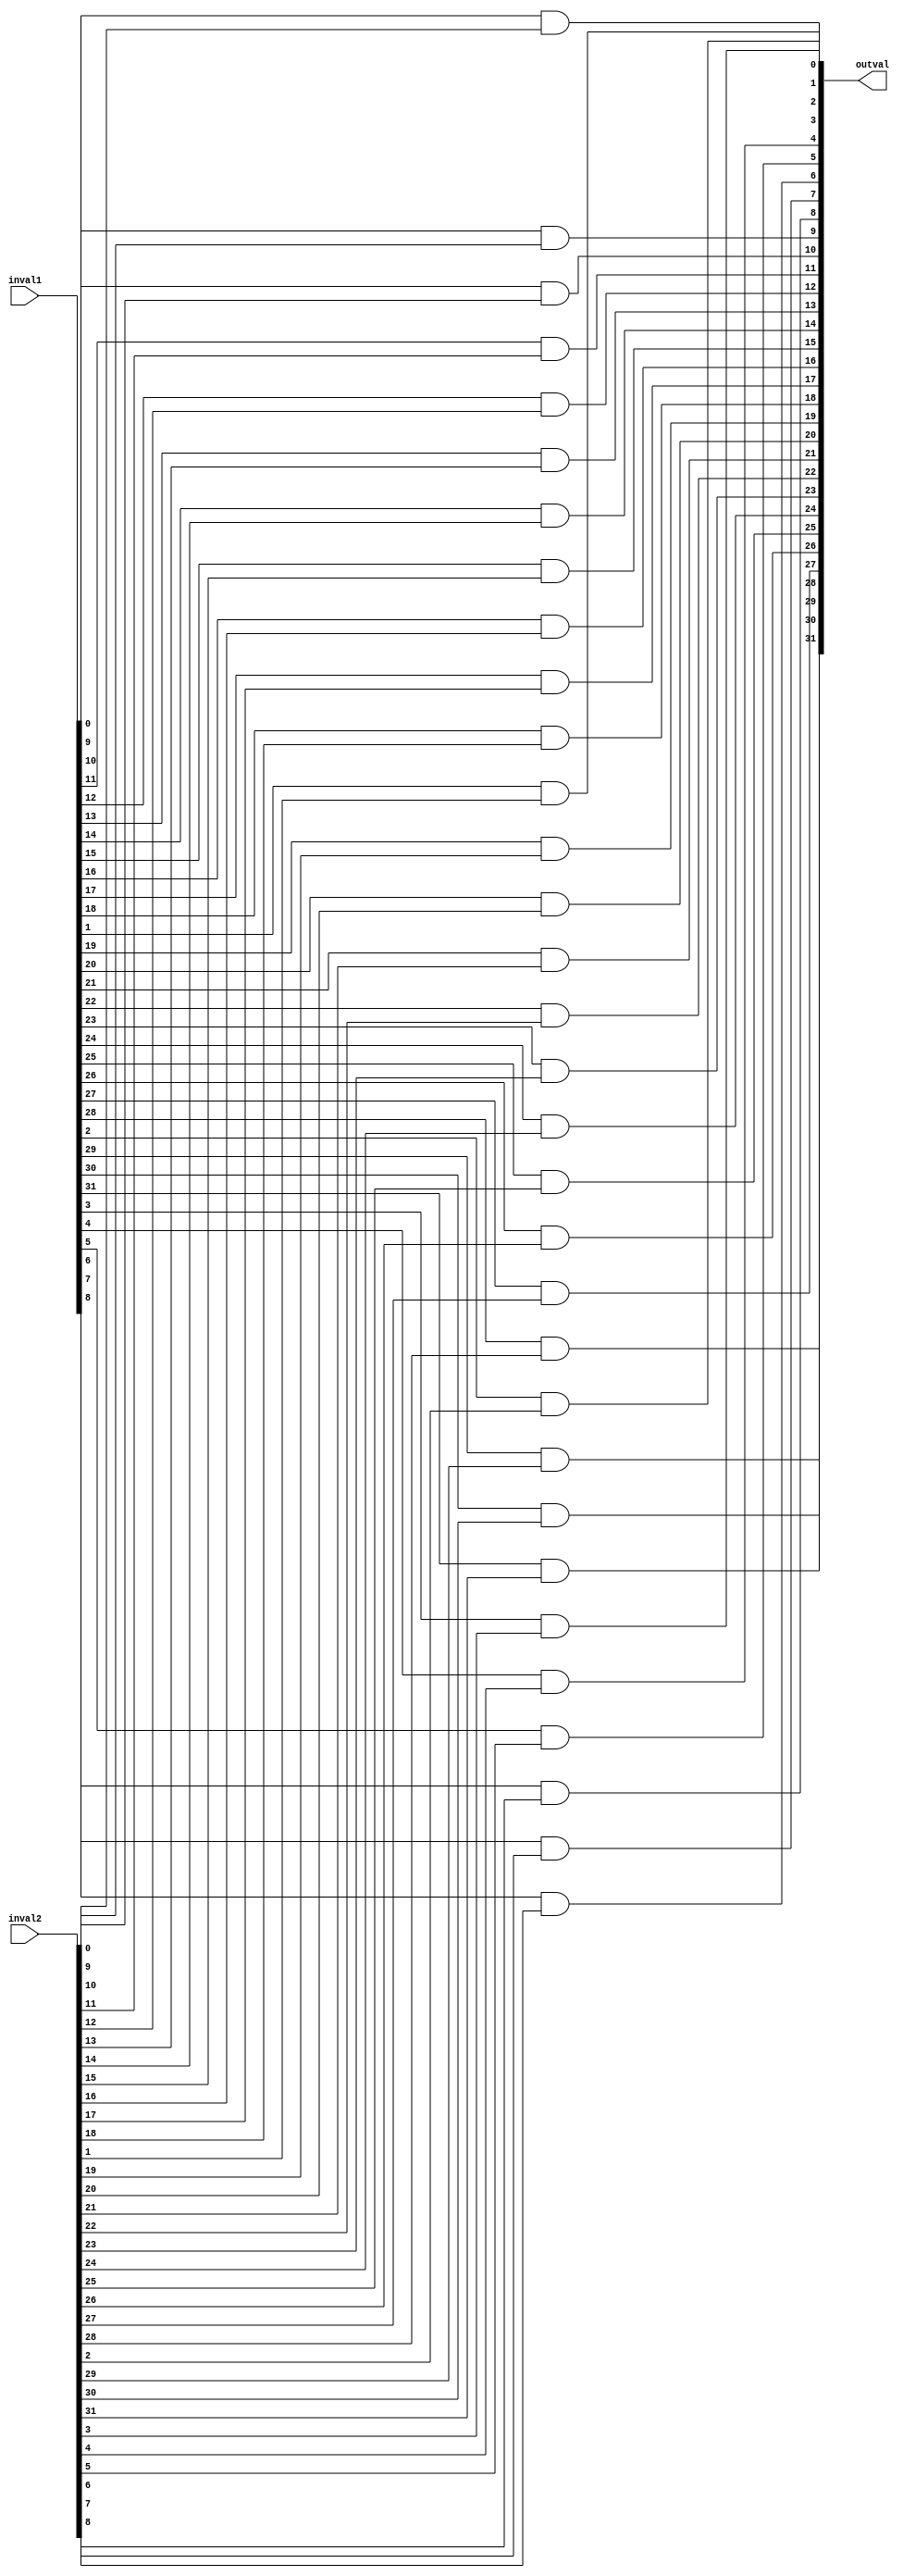
`timescale 1ns / 1ps
//////////////////////////////////////////////////////////////////////////////////
// Company: 
// Engineer: 
// 
// Design Name: 
// Module Name: Nbit_AND
// Project Name: 
// Target Devices: 
// Tool Versions: 
// Description: 
// 
// Dependencies: 
// 
// Revision:
// Revision 0.01 - File Created
// Additional Comments:
// 
//////////////////////////////////////////////////////////////////////////////////


module Nbit_AND #(parameter N = 32)(
    output [N-1:0] outval, 
    input  [N-1:0] inval1,
    input  [N-1:0] inval2
    );
    
    genvar i; 
    
    generate 
        for (i = 0; i < N; i = i + 1) begin
            and and_gate(outval[i], inval1[i], inval2[i]);
        end
   endgenerate 
   
endmodule